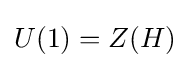
U(1)=Z(H)